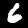
Label: 6